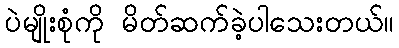
ပဲမျိုးစုံကို မိတ်ဆက်ခဲ့ပါသေးတယ်။